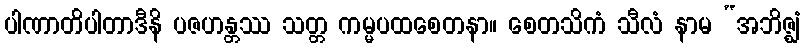
ပါဏာတိပါတာဒီနိ ပဇဟန္တဿ သတ္တ ကမ္မပထစေတနာ။ စေတသိကံ သီလံ နာမ “အဘိဇ္ဈံ